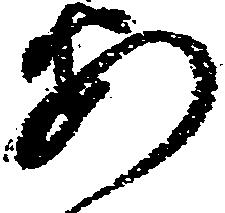
安